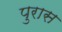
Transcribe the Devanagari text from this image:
पुरास